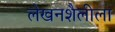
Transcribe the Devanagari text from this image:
लेखनशैलीला